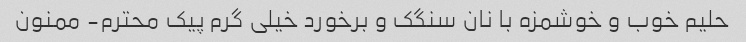
حلیم خوب و خوشمزه با نان سنگک و برخورد خیلی گرم پیک محترم- ممنون